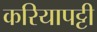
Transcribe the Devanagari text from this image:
करियापट्टी